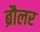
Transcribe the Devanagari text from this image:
ब्रौलर